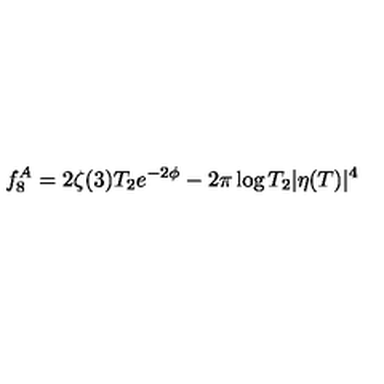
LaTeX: f _ { 8 } ^ { A } = 2 \zeta ( 3 ) T _ { 2 } e ^ { - 2 \phi } - 2 \pi \log T _ { 2 } | \eta ( T ) | ^ { 4 }